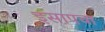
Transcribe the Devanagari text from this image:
इसापचा